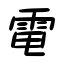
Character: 電